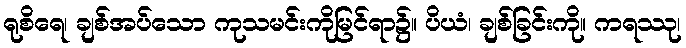
ရုစိရေ၊ ချစ်အပ်သော ကုသမင်းကိုမြင်ရာ၌။ ပိယံ၊ ချစ်ခြင်းကို။ ကရဿု၊